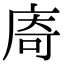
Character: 㢊